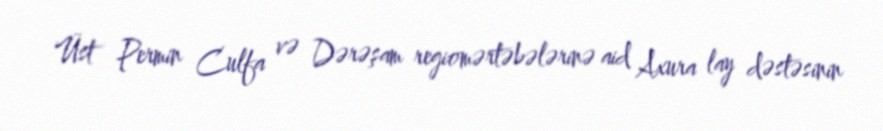
Üst Permin Culfa və Dərəşam regiomərtəbələrinə aid Axura lay dəstəsinin